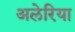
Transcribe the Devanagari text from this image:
अलेरिया